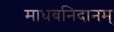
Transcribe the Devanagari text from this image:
माधवनिदानम्